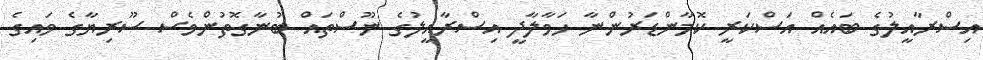
އިސްރާއީލުގެ ބައެއް އަސްކަރީ ކޮމާންޑަރުންނާ ހަވާލާދީ އިސްރާއީލުގެ ނޫސްތައް ބުނާގޮތުންވެސް ސޫރިޔާގެ ވައިގެ